Report of the Municipal Commissioner on the plague in Bombay for the year ending 31st May... - Volume 3
Disease focus: Plague
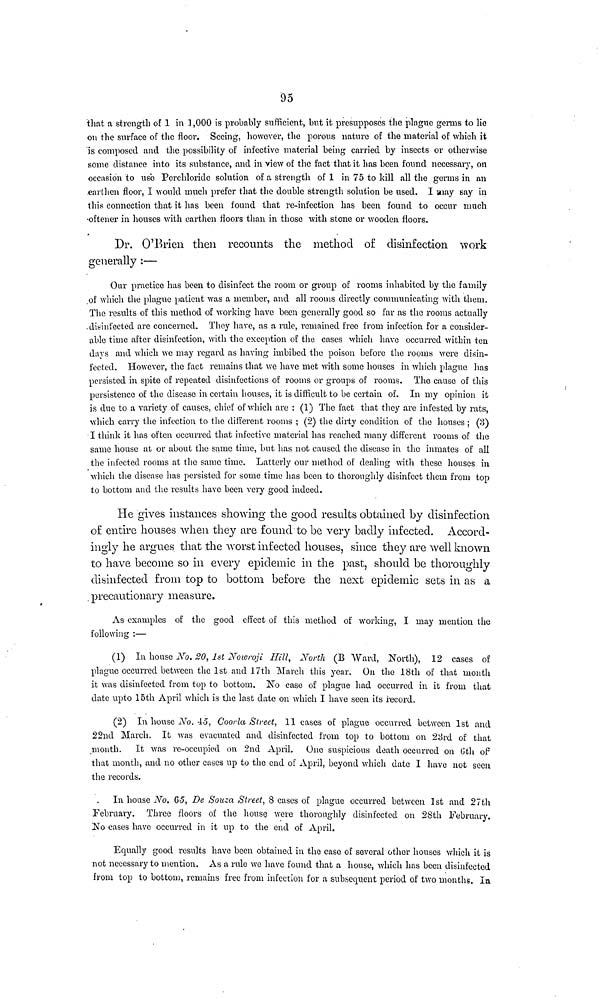
95
that a strength of 1 in 1,000 is probably sufficient, but it presupposes the plague germs to lie
on the surface of the floor. Seeing, however, the porous nature of the material of which it
is composed and the possibility of infective material being carried by insects or otherwise
some distance into its substance, and in view of the fact that it has been found necessary, on
occasion to use Perchloride solution of a strength of 1 in 75 to kill all the germs in an
earthen floor, I would much prefer that the double strength solution be used. I may say in
this connection that it has been found that re-infection has been found to occur much
oftener in houses with earthen floors than in those with stone or wooden floors.
Dr. O'Brien then recounts the method o£ disinfection work
generally :—
Our practice has been to disinfect the room or group of rooms inhabited by the family
of which the plague patient was a member, and all rooms directly communicating with them.
The results of this method of working have been generally good so far as the rooms actually
disinfected are concerned. They have, as a rule, remained free from infection for a consider-
able time after disinfection, with the exception of the cases which have occurred within ten
days and which we may regard as having imbibed the poison before the rooms were disin-
fected. However, the fact remains that Ave have met with some houses in which plague has
persisted in spite of repeated disinfections of rooms or groups of rooms. The cause of this
persistence of the disease in certain houses, it is difficult to be certain of. In my opinion it
is due to a variety of causes, chief of which are : (1) The fact that they are infested by rats,
which carry the infection to the different rooms : (2) the dirty condition of the houses ; (3)
I think it has often occurred that infective material has reached many different rooms of the
same house at or about the same time, but has not caused the disease in the inmates of all
the infected rooms at the same time. Latterly our method of dealing with these houses in
which the disease has persisted for some time has been to thoroughly disinfect them from top
to bottom and the results have been very good indeed.
He gives instances showing the good results obtained by disinfection
of entire houses when they are found to be very badly infected. Accord-
ingly he argues that the worst infected houses, since they are well known
to have become so in every epidemic in the past, should be thoroughly
disinfected from top to bottom before the next epidemic sets in as a
precautionary measure.
As examples of the good effect of this method of working, I may mention the
following :—
(1) In house No. 20, 1st Nowroji Hill, North (B Ward, North), 12 cases of
plague occurred between the 1st and 17th March this year. On the 18th of that month
it was disinfected from top to bottom. No case of plague had occurred in it from that
date upto 15th April which is the last date on which I have seen its record.
(2) In house No. 45, Coorla Street, 11 cases of plague occurred between 1st and
22nd March. It was evacuated and disinfected from top to bottom on 23rd of that
month. It was re-occupied on 2nd April. One suspicious death occurred on 6th of
that month, and no other cases up to the end of April, beyond which date I have not seen
the records.
In house No. 65, De Souza Street, 8 cases of plague occurred between 1st and 27th
February. Three floors of the house were thoroughly disinfected on 28th February.
No cases have occurred in it up to the end of April.
Equally good results have been obtained in the case of several other houses which it is
not necessary to mention. As a rule Ave have found that a house, which has been disinfected
from top to bottom, remains free from infection for a subsequent period of two months. In